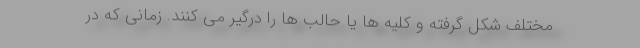
مختلف شکل گرفته و کلیه ها یا حالب ها را درگیر می کنند. زمانی که در